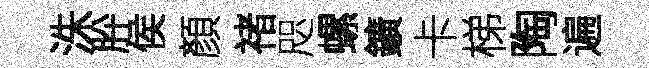
洙肸侯顏禇咫螺鑛卡梯陶遍